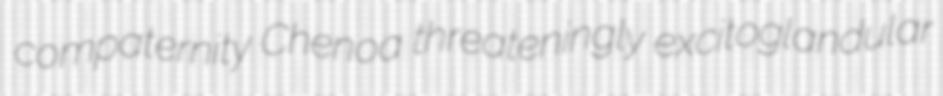
compaternity Chenoa threateningly excitoglandular